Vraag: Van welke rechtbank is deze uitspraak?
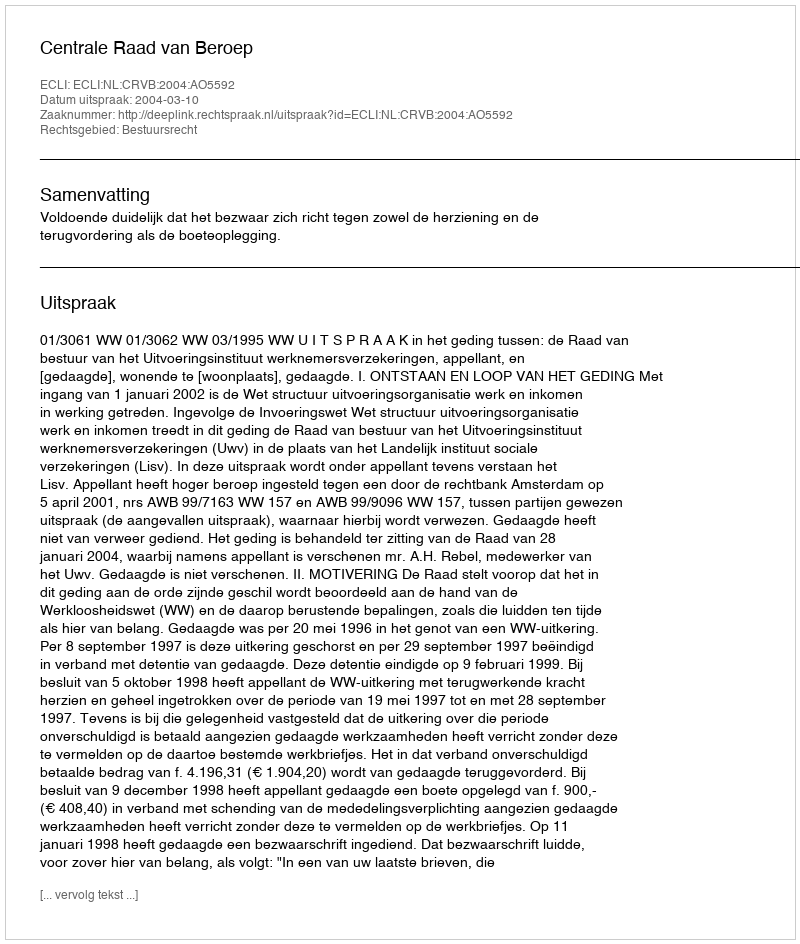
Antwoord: Centrale Raad van Beroep